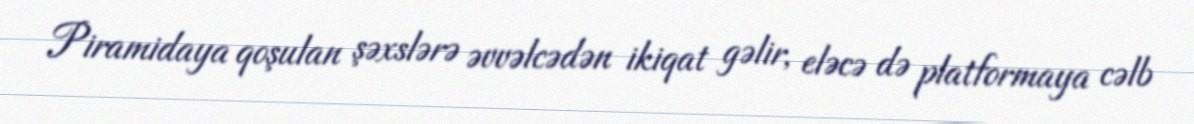
Piramidaya qoşulan şəxslərə əvvəlcədən ikiqat gəlir, eləcə də platformaya cəlb